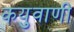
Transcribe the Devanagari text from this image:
कयुवाणी